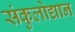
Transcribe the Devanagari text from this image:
संकुलोद्यान